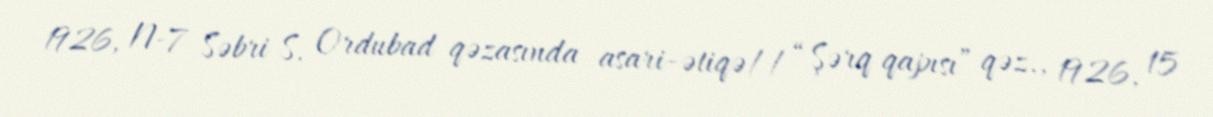
1926, N-7 Səbri S. Ordubad qəzasında asari-ətiqə// “Şərq qapısı” qəz., 1926, 15